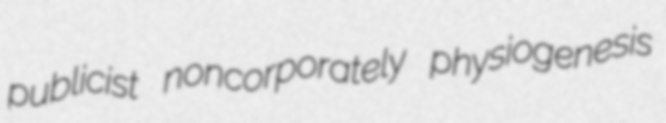
publicist noncorporately physiogenesis